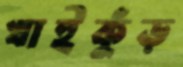
খাইকুঁড়